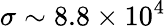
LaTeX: \sigma\sim 8.8\times 10^{4}